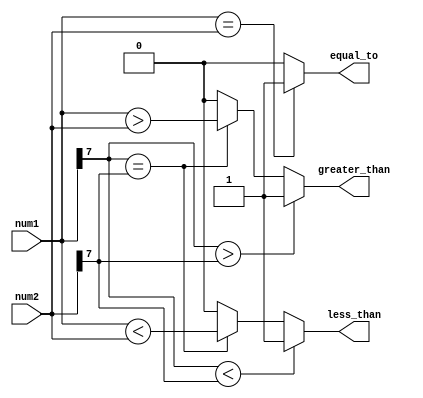
module signed_magnitude_comparator (
    input [7:0] num1, // first signed magnitude number
    input [7:0] num2, // second signed magnitude number
    output greater_than, // output signal indicating num1 is greater than num2
    output equal_to, // output signal indicating num1 is equal to num2
    output less_than // output signal indicating num1 is less than num2
);

    assign greater_than = (num1[7] > num2[7]) ? 1 : 
                            ((num1[7] == num2[7]) ? (num1 > num2) : 0);

    assign equal_to = (num1 == num2) ? 1 : 0;

    assign less_than = (num1[7] < num2[7]) ? 1 : 
                        ((num1[7] == num2[7]) ? (num1 < num2) : 0);

endmodule